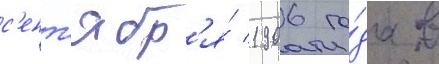
с'ент'ябр'я́ 1906 го́да в